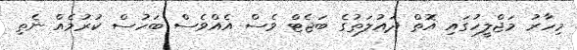
މިހާރު މަޖްލީހުގައި އޮތް ދައުލަތުގެ ބަޖެޓް ވެސް އެއްވެސް ބަހުސް ކުރުމެއް ނެތި